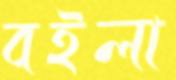
বইলা